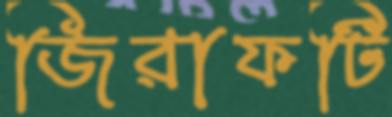
জিরাফটি